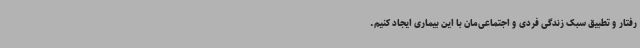
رفتار و تطبیق سبک زندگی فردی و اجتماعی‌مان با این بیماری ایجاد کنیم.